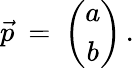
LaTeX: \vec{p}\: =\: \left(\begin{array}{cc}{{a}}\\ {{b}}\end{array}\right)\, .